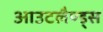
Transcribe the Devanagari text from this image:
आउटलैण्ड्स